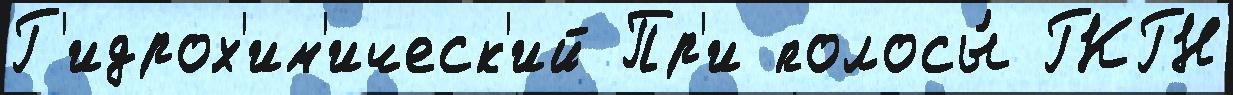
Г'идрох'им'ическ'ий Пр'и полосы́ ГКГН